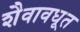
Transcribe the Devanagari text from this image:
शैवावधूत